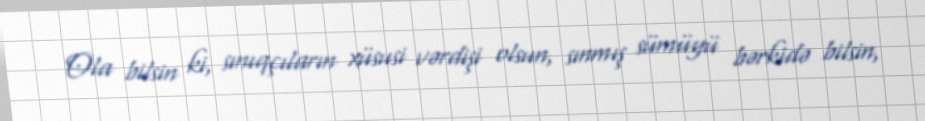
Ola bilsin ki, sınıqçıların xüsusi vərdişi olsun, sınmış sümüyü bərkidə bilsin,